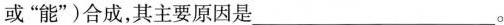
或”能”)合成，其主要原因是___。